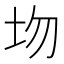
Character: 圽